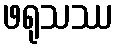
ဖရုသဿ